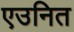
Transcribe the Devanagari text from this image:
एउनित